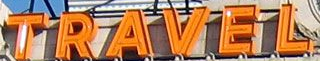
TRAVEL